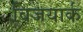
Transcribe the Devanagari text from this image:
विजयार्क